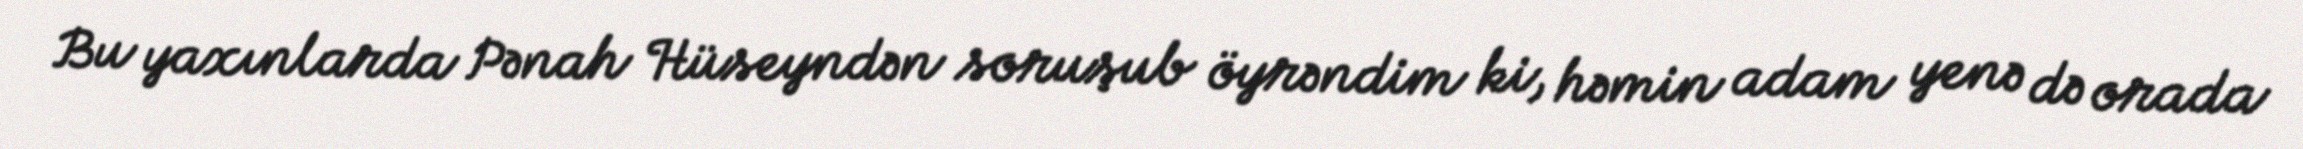
Bu yaxınlarda Pənah Hüseyndən soruşub öyrəndim ki, həmin adam yenə də orada